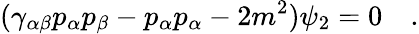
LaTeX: (\gamma_{\alpha\beta}p_{\alpha}p_{\beta}-p_{\alpha}p_{\alpha}-2m^{2})\psi_{2}=0\quad.